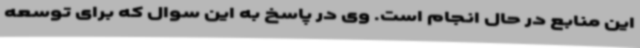
این منابع در حال انجام است. وی در پاسخ به این سوال که برای توسعه